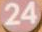
24